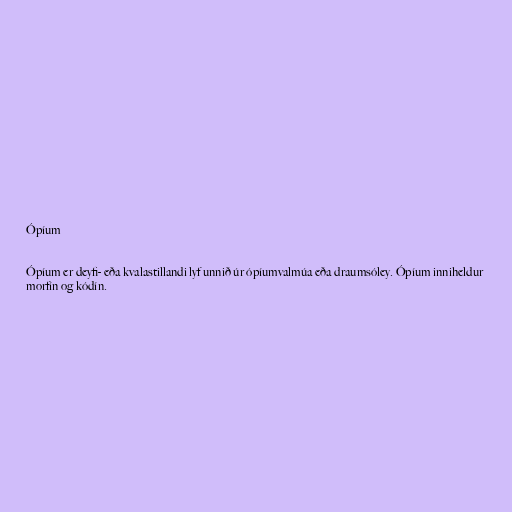
Ópíum

Ópíum er deyfi- eða kvalastillandi lyf unnið úr ópíumvalmúa eða draumsóley. Ópíum inniheldur
morfín og kódín.